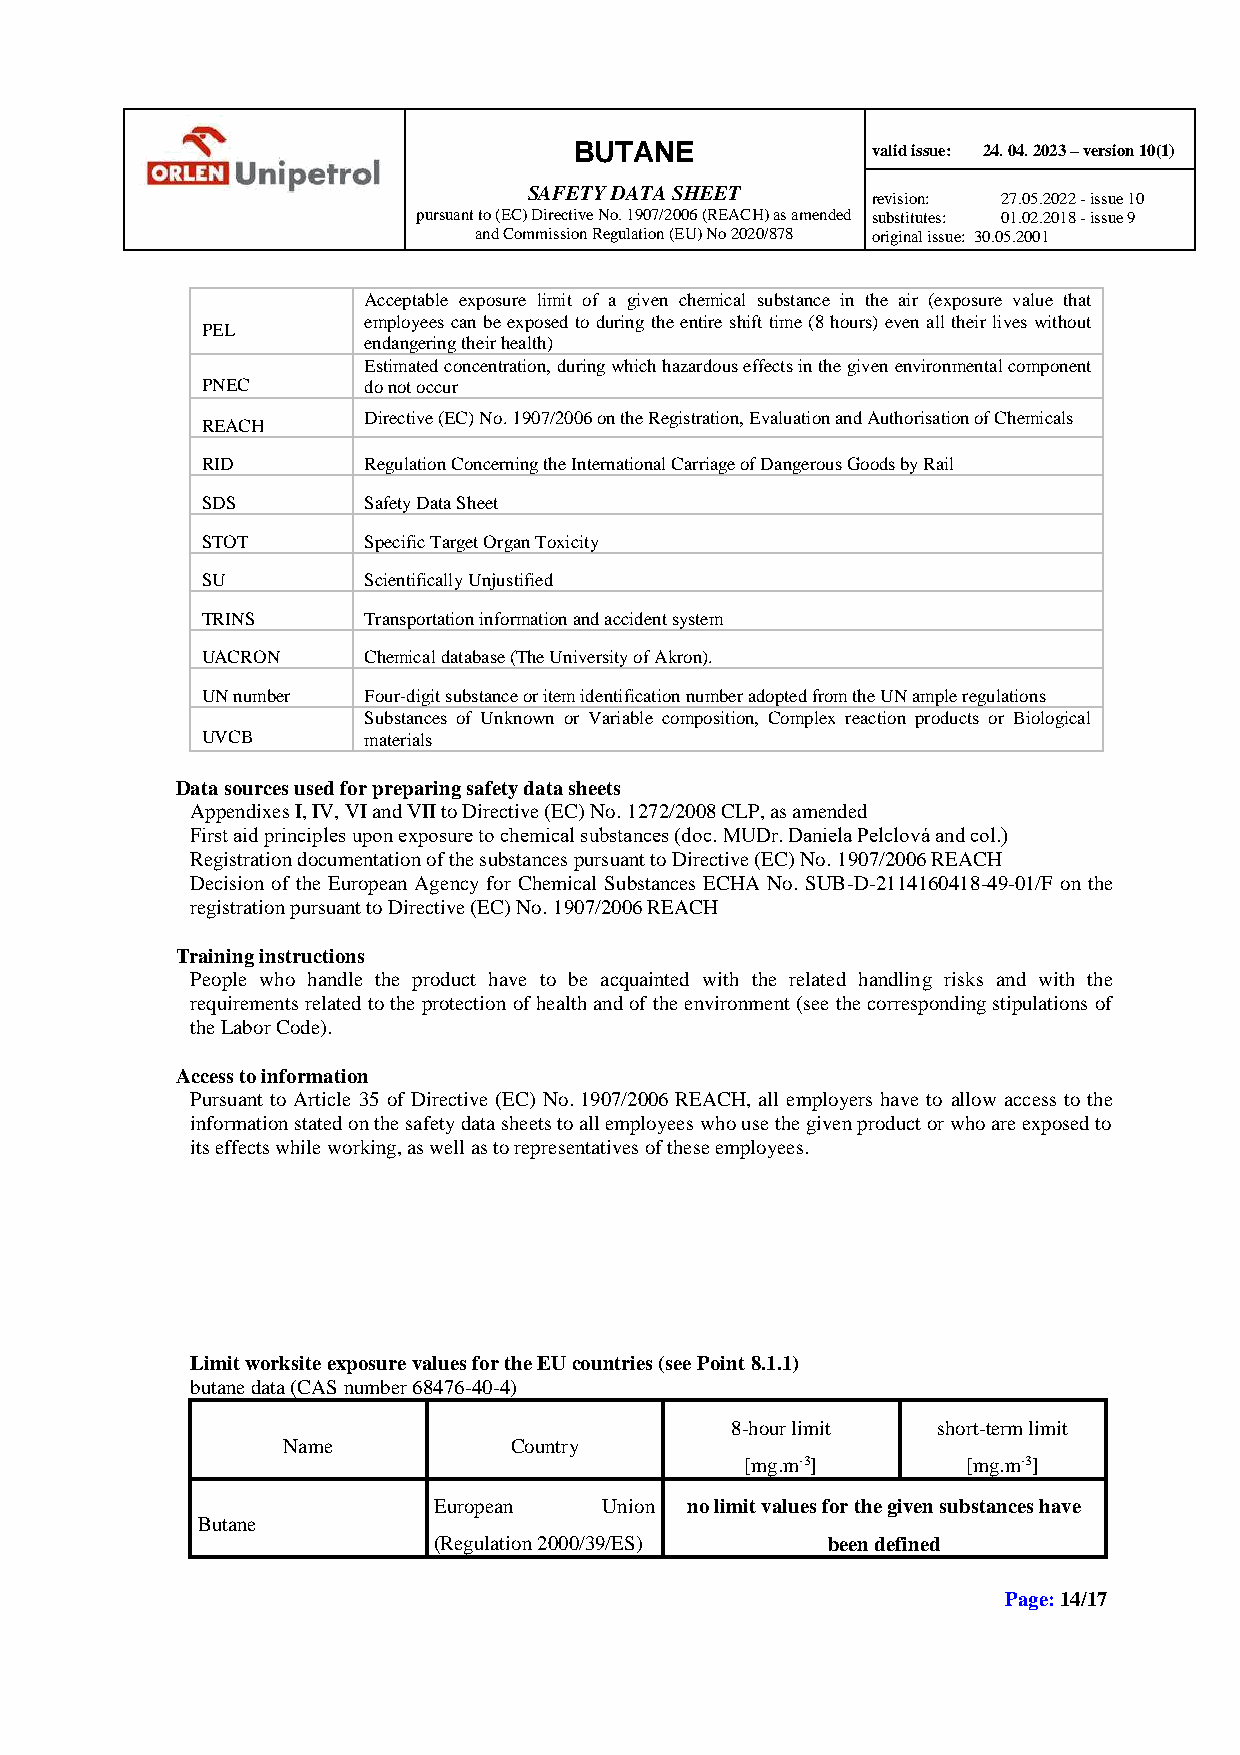
BUTANE              valid issue: 24. 04. 2023 – version 10(1)
 SAFETY DATA SHEET
 revision: 27.05.2022 - issue 10
 pursuant to (EC) Directive No. 1907/2006 (REACH) as a mended substitutes: 01.02.2018 - issue 9
 and Commission Regulation (EU) No 2020/878 original issue: 30.05.2001
 Acceptable exposure limit of a given chemical substance in the air (exposure value that
 employees can be exposed to during the entire shift time (8 hours) even all their lives without
 PEL
 endangering their health)
 Estimated concentration, during which hazardous effects in the given environmental component
 PNEC       do not occur
 Directive (EC) No. 1907/2006 on the Registration, Evaluation and Authorisation of Chemicals
 REACH
 RID        Regulation Concerning the International Carriage of Dangerous Goods by Rail
 SDS        Safety Data Sheet
 STOT       Specific Target Organ Toxicity
 SU         Scientifically Unjustified
 TRINS      Transportation information and accident system
 UACRON     Chemical database (The University of Akron).
 UN number  Four-digit substance or item identification number adopted from the UN ample regulations
 Substances of Unknown or Variable composition, Complex reaction products or Biological
 UVCB       materials
 Data sources used for preparing safety data sheets
 Appendixes I, IV, VI and VII to Directive (EC) No. 1272/2008 CLP, as amended
 First aid principles upon exposure to chemical substances (doc. MUDr. Daniela Pelclová and col.)
 Registration documentation of the substances pursuant to Directive (EC) No. 1907/2006 REACH
 Decision of the European Agency for Chemical Substances ECHA No. SUB-D-2114160418-49-01/F on the
 registration pursuant to Directive (EC) No. 1907/2006 REACH
 Training instructions
 People who handle the product have to be acquainted with the related handling risks and with the
 requirements related to the protection of health and of the environment (see the corresponding stipulations of
 the Labor Code).
 Access to information
 Pursuant to Article 35 of Directive (EC) No. 1907/2006 REACH, all employers have to allow access to the
 information stated on the safety data sheets to all employees who use the given product or who are exposed to
 its effects while working, as well as to representatives of these employees.
 Limit worksite exposure values for the EU countries (see Point 8.1.1)
 butane data (CAS number 68476-40-4)
 8-hour limit  short-term limit
 Name           Country
 [mg.m-3]       [mg.m-3]
 European   Union no limit values for the given substances have
 Butane
 (Regulation 2000/39/ES)   been defined
 Page: 14/17